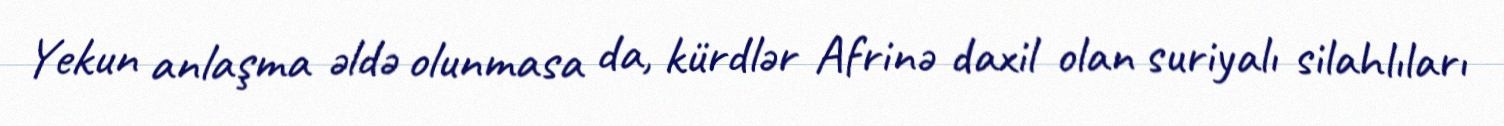
Yekun anlaşma əldə olunmasa da, kürdlər Afrinə daxil olan suriyalı silahlıları